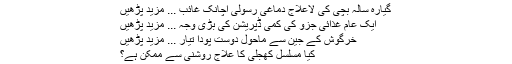
گیارہ سالہ بچی کی لاعلاج دماغی رسولی اچانک غائب ... مزید پڑھیں
ایک عام غذائی جزو کی کمی ڈپریشن کی بڑی وجہ ... مزید پڑھیں
خرگوش کے جین سے ماحول دوست پودا تیار ... مزید پڑھیں
کیا مسلسل کھجلی کا علاج روشنی سے ممکن ہے؟